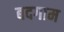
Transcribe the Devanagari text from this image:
बदगाम